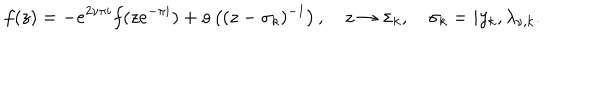
f ( z ) = - e ^ { 2 \nu \pi i } f ( z e ^ { - \pi i } ) + o \left( ( z - \sigma _ { k } ) ^ { - 1 } \right) , \quad z \to \sigma _ { k } , \quad \sigma _ { k } = i y _ { k } , \lambda _ { \nu , k } .